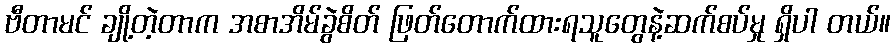
ဗီတာမင် ချို့တဲ့တာက အစာအိမ်ခွဲစိတ် ဖြတ်တောက်ထားရသူတွေနဲ့ဆက်စပ်မှု ရှိပါ တယ်။